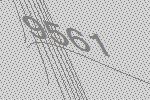
9561